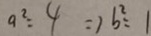
a ^ { 2 } = 4 = 1 b ^ { 2 } = 1